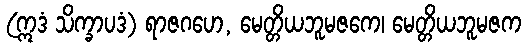
(ဣဒံ သိက္ခာပဒံ) ရာဇဂဟေ, မေတ္တိယဘူမဇကေ၊ မေတ္တိယဘူမဇက